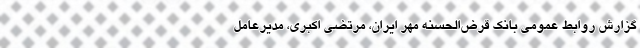
گزارش روابط عمومی بانک قرض‌الحسنه مهر ایران، مرتضی اکبری، مدیرعامل